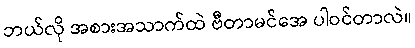
ဘယ်လို အစားအသာက်ထဲ ဗီတာမင်အေ ပါဝင်တာလဲ။